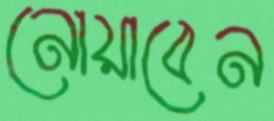
নোয়াবেন